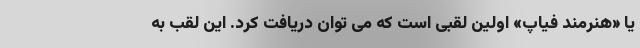
یا «هنرمند فیاپ» اولین لقبی است که می توان دریافت کرد. این لقب به